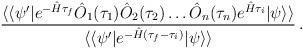
LaTeX: \begin{align*}\frac{\langle \langle \psi^\prime|e^{-\hat H \tau_f}\hat O_1(\tau_1)\hat O_2(\tau_2)\ldots \hat O_n(\tau_n)e^{\hat H\tau_i}|\psi\rangle\rangle}{\langle \langle \psi^\prime|e^{-\hat H(\tau_f-\tau_i)}|\psi\rangle\rangle}\,.\end{align*}